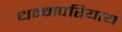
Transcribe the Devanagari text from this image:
धम्मपरियाय